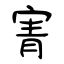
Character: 寈